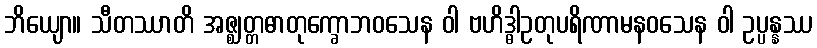
ဘိယျော။ သီတဿာတိ အဇ္ဈတ္တဓာတုက္ခောဘဝသေန ဝါ ဗဟိဒ္ဓါဥတုပရိဏာမနဝသေန ဝါ ဥပ္ပန္နဿ